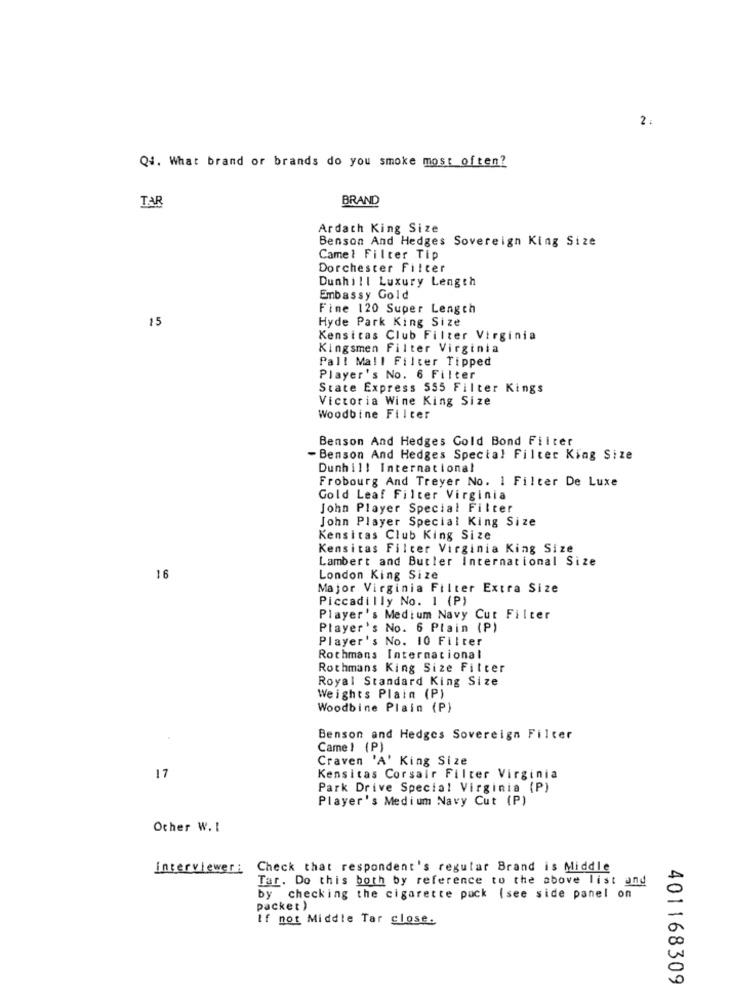
2.
Q4. What brand or brands do you smoke most often?
TAR
BRAND
Ardach King Size
Benson And Hedges Sovereign King Size
Camel Filter Tip
Dorchester Filter
Dunhill Luxury Length
Embassy Gold
Fine 120 Super Length
15
Hyde Park King Size
Kensitas Club Filter Virginia
Kingsmen Filter Virginia
Pall Mall Filter Tipped
Player's No. 6 Filter
State Express 555 Filter Kings
Victoria Wine King Size
Woodbine Filter
Benson And Hedges Gold Bond Filter
- Benson And Hedges Spectal Filter King Size
Dunhill International
Frobourg And Treyer No. 1 Filter De Luxe
Gold Leaf Filter Virginia
John Player Special Filter
John Player Special King Size
Kensitas Club King Size
Kensitas Filter Virginia King Size
Lambert and Butler International Size
16
London King Size
Major Virginia Filter Extra Size
Piccadilly No. 1 (P)
Player's Medium Navy Cut Filter
Player's No. 6 Plain (P)
Player's No. 10 Filter
Rothmans International
Rothmans King Size Filter
Royal Standard King Size
Weights Plain (P)
Woodbine Plain (P)
Benson and Hedges Sovereign Filter
Came ! (P)
Craven 'A' King Size
17
Kensitas Corsair Filter Virginia
Park Drive Special Virginia (P)
Player's Medium Navy Cut (P)
Other W. I
Interviewer: Check that respondent's regular Brand is Middle
Tar. Do this both by reference to the above list and
by checking the cigarette pack (see side panel on
packet )
If not Middle Tar close.
401168309